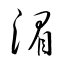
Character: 湄